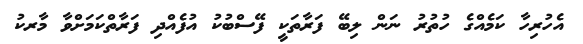
އެހުރިހާ ކަމެއްގެ ހުތުރު ނަން ލިބޭ ފަރާތަކީ ފޭސްބުކު އުފެއްދި ފަރާތްކަމަށްވާ މާރކު